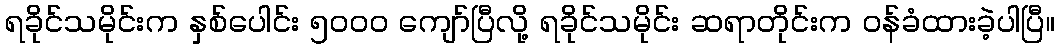
ရခိုင်သမိုင်းက နှစ်ပေါင်း ၅၀၀၀ ကျော်ပြီလို့ ရခိုင်သမိုင်း ဆရာတိုင်းက ဝန်ခံထားခဲ့ပါပြီ။